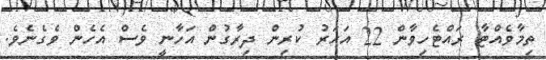
ތިމާވެއްޓާ ރައްޓެހިވާން 22 އަހަރު ކުރިން ދިރާގުން އަހާނީ ވެސް އެހެން ވެގެނެވެ.